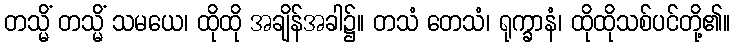
တသ္မိံ တသ္မိံ သမယေ၊ ထိုထို အချိန်အခါ၌။ တသံ တေသံ၊ ရုက္ခာနံ၊ ထိုထိုသစ်ပင်တို့၏။